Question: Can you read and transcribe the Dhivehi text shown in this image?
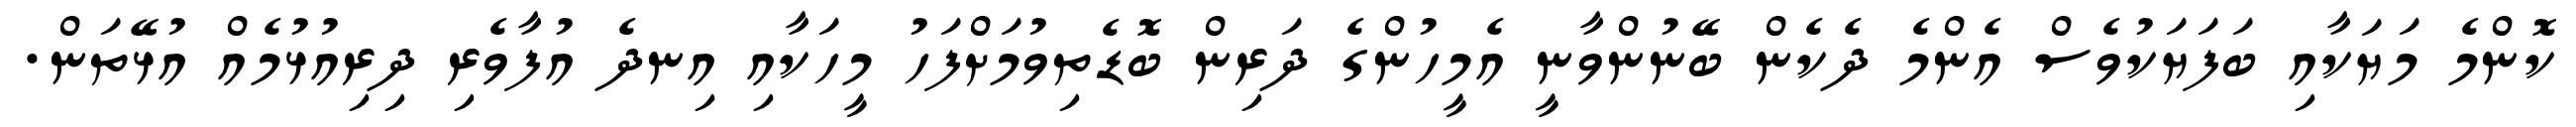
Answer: ކޮންމެ މަޔަކާއި ބަފަޔަކުވެސް އެންމެ ދެކެން ބޭނުންވާނީ އެމީހުންގެ ދަރިން ބޮޑެތިވުމަށްފަހު މީހަކާއި އިނދެ އުފާވެރި ދިރިއުޅުމެއް އުޅޭތަން.